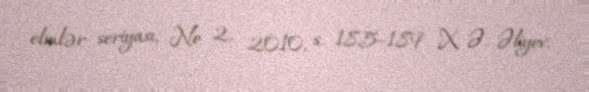
elmlər seriyası, № 2, 2010, s. 185–189 X. Ə. Əliyev.